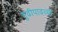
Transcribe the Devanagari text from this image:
गुढीपाढव्या